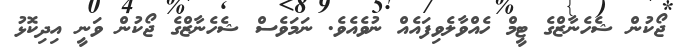
ޖޯކުން ޝެހެނާޒްގެ ޓީމް ހެއްވާލެވިފައެއް ނުވެއެވެ. ނަމަވެސް ޝެހެނާޒްގެ ޖޯކުން ވަނީ އިދިކޮޅު